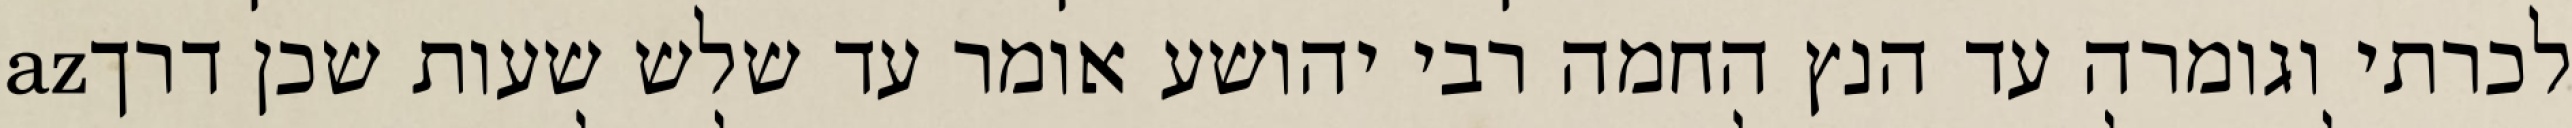
לכרתי וגומרה עד הנץ החמה רבי יהושע אומר עד שלש שעות שכן דרךaz